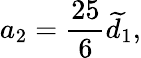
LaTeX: a_{2}=\frac{25}{6}\widetilde{d}_{1},